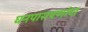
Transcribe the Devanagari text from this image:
घनपारायणांचा